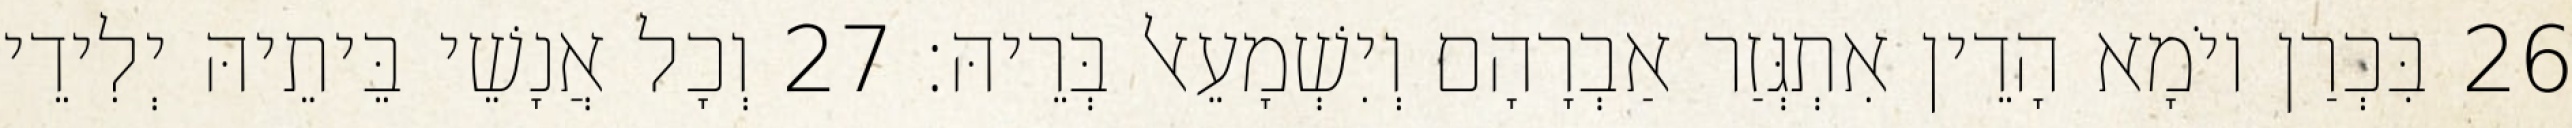
26 בִּכְרַן יוֹמָא הָדֵין אִתְגְּזַר אַבְרָהָם וְיִשְׁמָעֵאל בְּרֵיהּ׃ 27 וְכָל אֲנָשֵׁי בֵּיתֵיהּ יְלִידֵי